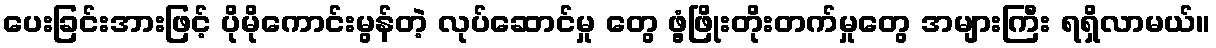
ပေးခြင်းအားဖြင့် ပိုမိုကောင်းမွန်တဲ့ လုပ်ဆောင်မှု တွေ ဖွံ့ဖြိုးတိုးတက်မှုတွေ အများကြီး ရရှိလာမယ်။